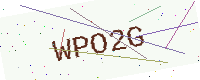
Text: WPO2G